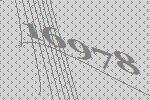
16978